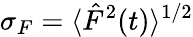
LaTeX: \sigma_{F}={\langle\hat{F}^{2}(t)\rangle^{1/2}}